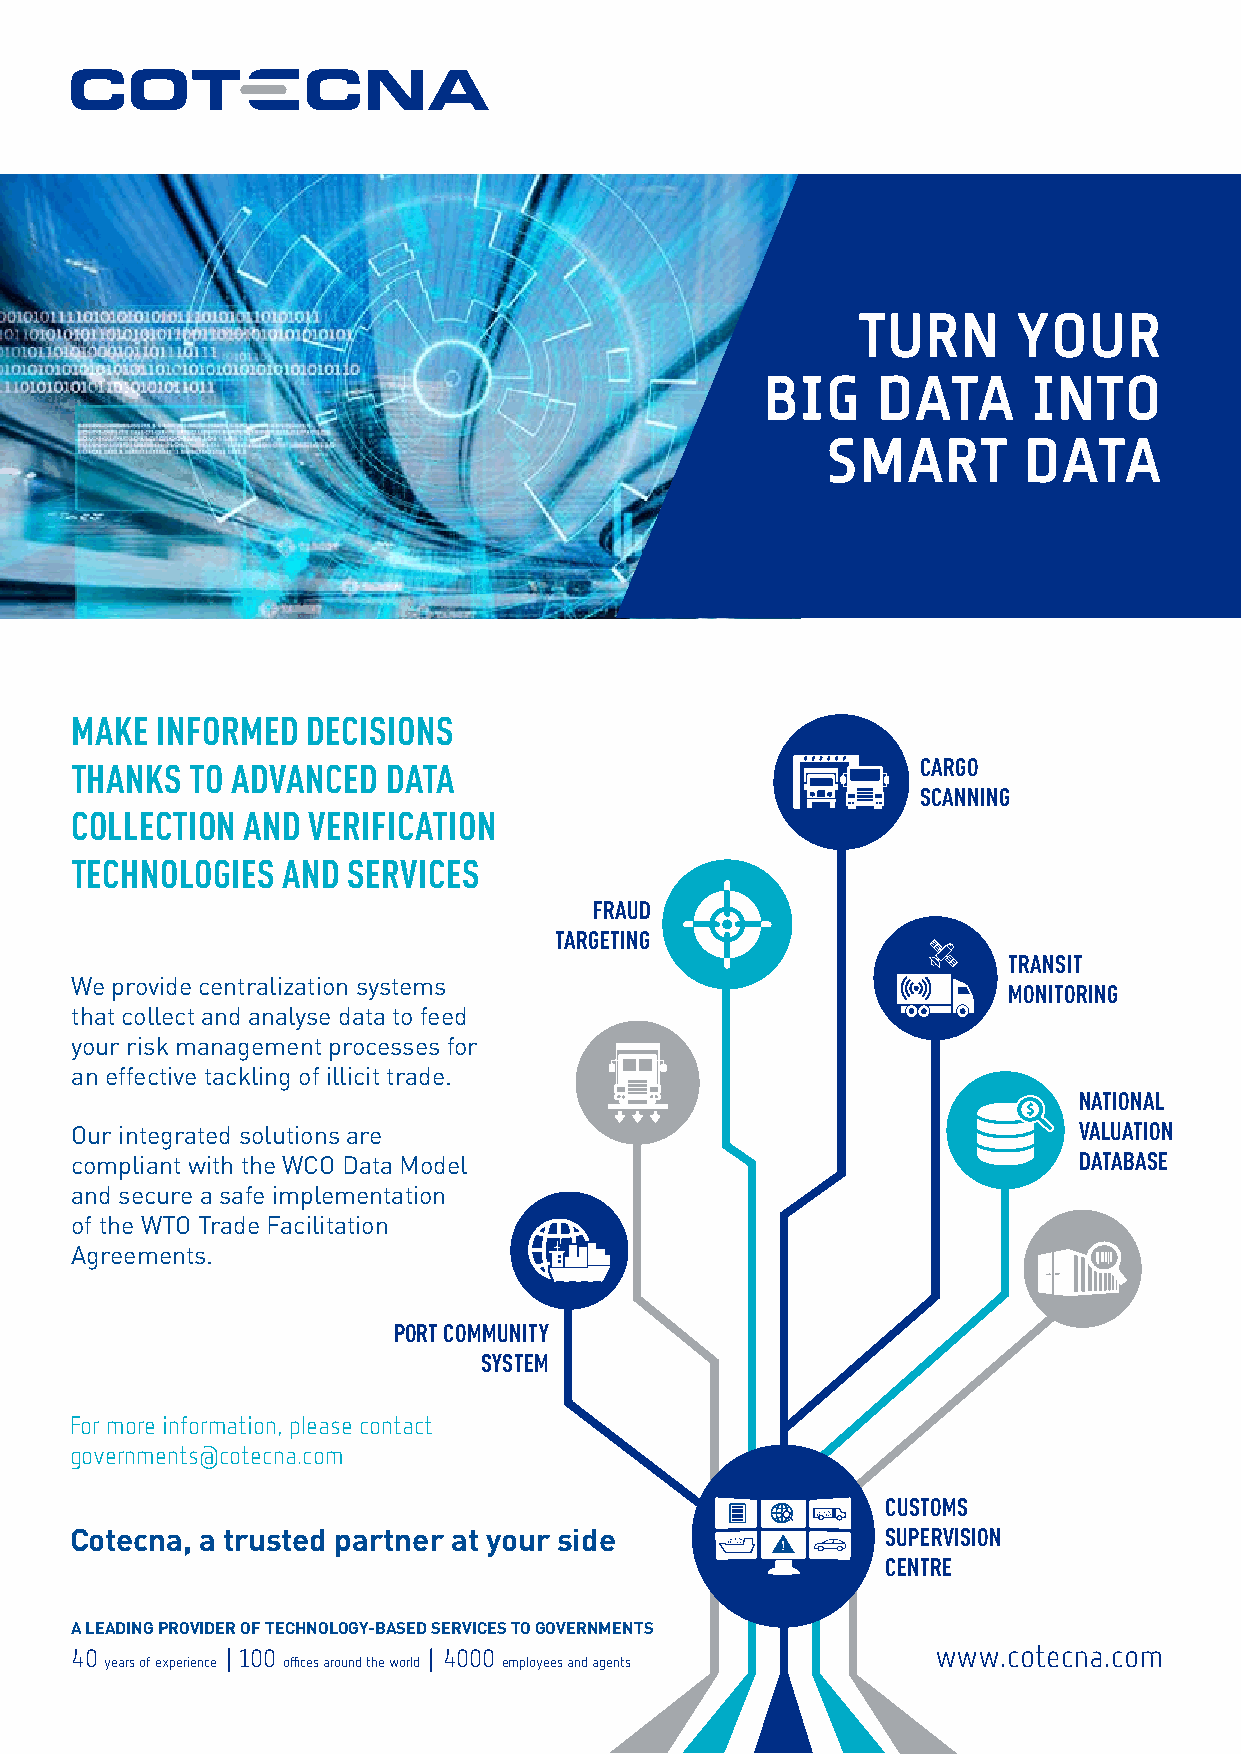
TURN      YOUR
 BIG     DATA      INTO
 SMART        DATA
 MAKE INFORMED  DECISIONS
 THANKS  TO ADVANCED  DATA                               CARGO
 SCANNING
 COLLECTION AND VERIFICATION
 TECHNOLOGIES  AND SERVICES
 FRAUD
 TARGETING
 TRANSIT
 We provide centralization systems
 MONITORING
 that collect and analyse data to feed
 your risk management processes for
 an effective tackling of illicit trade.
 NATIONAL
 Our integrated solutions are                                      VALUATION
 compliant with the WCO Data Model                                 DATABASE
 and secure a safe implementation
 of the WTO Trade Facilitation
 Agreements.
 PORT COMMUNITY
 SYSTEM
 For more information, please contact
 governments@cotecna.com
 CUSTOMS
 Cotecna, a trusted partner at your side               SUPERVISION
 CENTRE
 A LEADING PROVIDER OF TECHNOLOGY-BASED SERVICES TO GOVERNMENTS
 40         100          4000                             www.cotecna.com
 years of experience offices around the world employees and agents
 Ad_WCO_Feb_ENG-FRA_FINAL.indd 1                                         03/02/2017 10:30:25